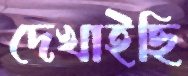
দেখাইছি